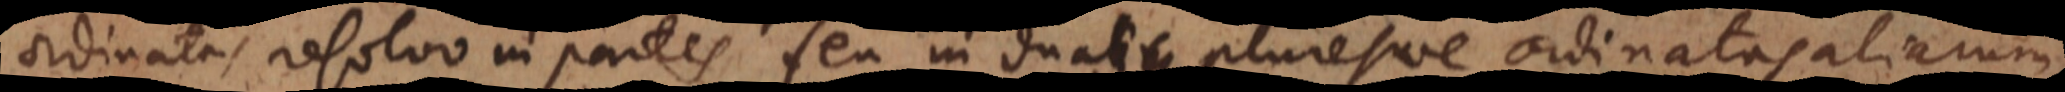
ordinatas resolvo in partes seu in duas pluresve ordinatas aliarum